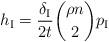
LaTeX: \begin{align*} h_{\rm I}=\frac{\delta_{\rm I}}{2t}\binom{\rho n}{2}p_{\rm I}\end{align*}